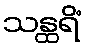
သန္ထရိံ